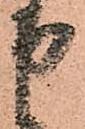
申